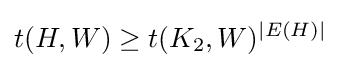
t(H,W)\geq t(K_{2},W)^{|E(H)|}